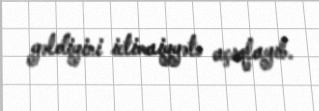
gəldiyini ictimaiyyətə açıqlayıb.